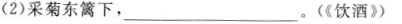
(2)采菊东篱下，___。